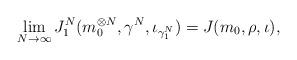
LaTeX: \begin{align*}\lim_{N\to \infty} J_1^N(m_0^{\otimes N}, \gamma^N, \iota_{\gamma^N_1})=J(m_0, \rho, \iota),\end{align*}